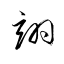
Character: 翊